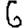
Digit: 6